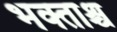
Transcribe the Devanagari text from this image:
भक्ताश्च